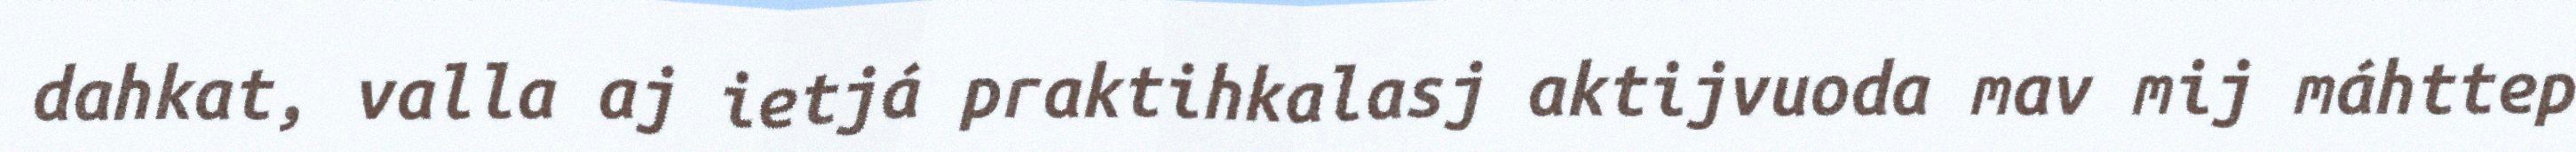
dahkat, valla aj ietjá praktihkalasj aktijvuoda mav mij máhttep